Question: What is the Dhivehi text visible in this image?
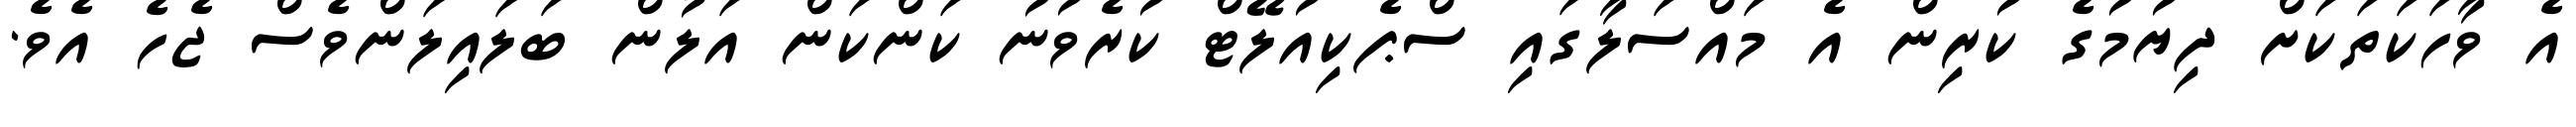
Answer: އެ ވާހަކަތަކަށް ދިޔުމުގެ ކުރިން އެ މައްސަލާގައި ސްޕެކިއުލޭޓް ކުރެވުނު ކަންކަން އަލުން ބަލައިލަންވެސް ޖެހެ އެވެ.